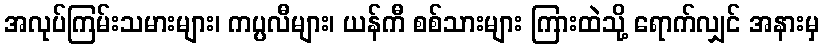
အလုပ်ကြမ်းသမားများ၊ ကပ္ပလီများ၊ ယန်ကီ စစ်သားများ ကြားထဲသို့ ရောက်လျှင် အနားမှ